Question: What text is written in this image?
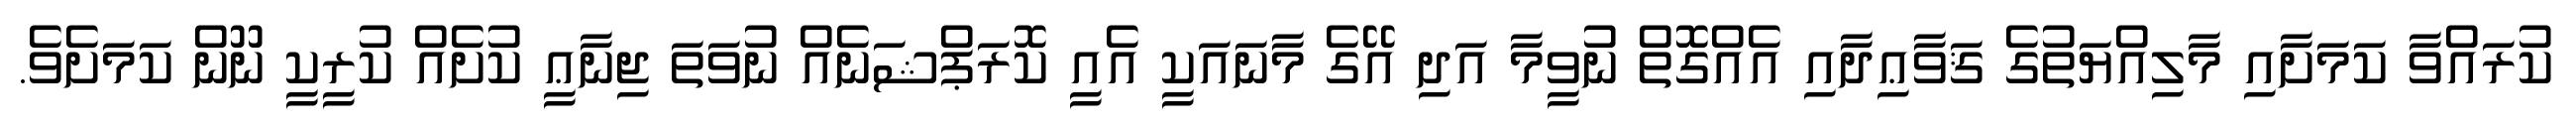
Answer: ކުރައްވާ ކަމަށާއި މާލިއްޔަތުގެ ޤަވާޢިދާއި އެއްގޮތް ނުވީމާ އަދި އޭގެ މާނައަކީ އެއީ ކޮރަޕްޝަނެއް ނުވަތަ ޖިނާޢީ ކުށެއް ކުރީކީ ނޫން ކަމަށެވެ.